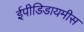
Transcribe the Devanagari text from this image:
ईपीडिडायमीस